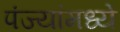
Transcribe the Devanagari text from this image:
पंज्यांमध्ये